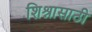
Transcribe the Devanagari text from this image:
शिश्नासाठी